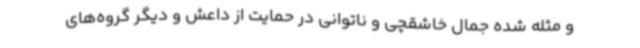
و مثله شده جمال خاشقچی و ناتوانی در حمایت از داعش و دیگر گروه‌های